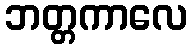
ဘတ္တကာလေ